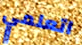
اتعلمي